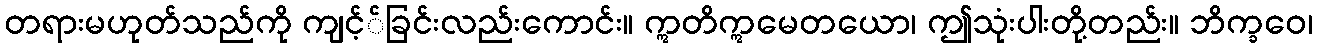
တရားမဟုတ်သည်ကို ကျင့််ခြင်းလည်းကောင်း။ ဣတိဣမေတယော၊ ဤသုံးပါးတို့တည်း။ ဘိက္ခဝေ၊